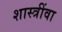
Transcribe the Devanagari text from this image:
शास्त्रींवा